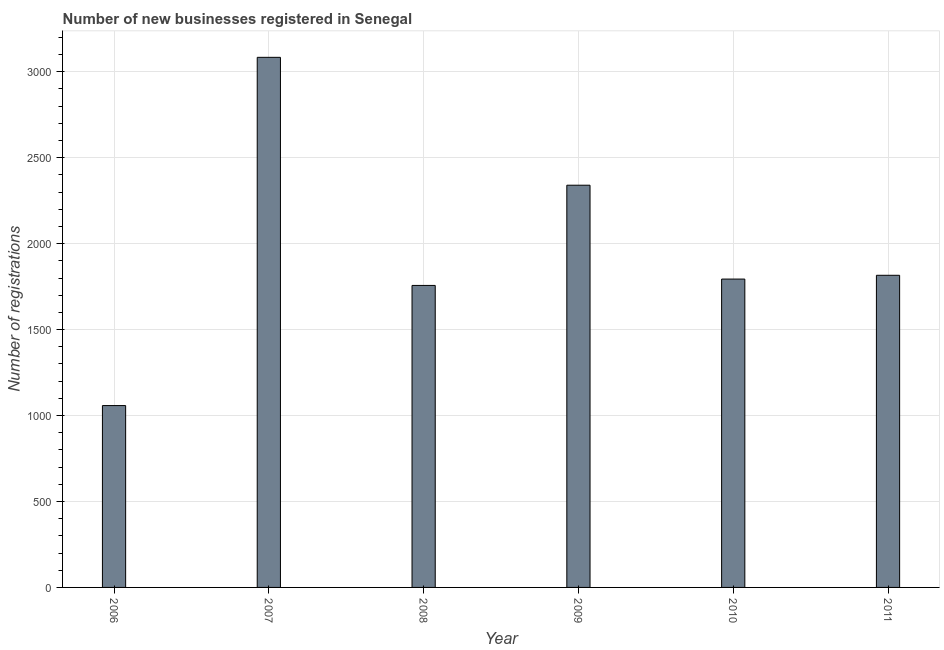
| Year | New businesses |
 | --- | --- |
 | 2006 | 1.06e+03 |
 | 2007 | 3.08e+03 |
 | 2008 | 1.76e+03 |
 | 2009 | 2.34e+03 |
 | 2010 | 1.79e+03 |
 | 2011 | 1.82e+03 |